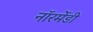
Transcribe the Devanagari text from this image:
नॉरमेंडी